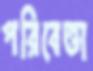
পরিবেত্তা